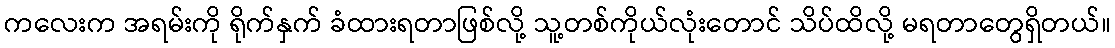
ကလေးက အရမ်းကို ရိုက်နှက် ခံထားရတာဖြစ်လို့ သူ့တစ်ကိုယ်လုံးတောင် သိပ်ထိလို့ မရတာတွေရှိတယ်။